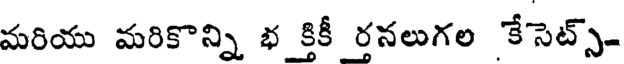
మరియు మరికొన్ని భ క్తికీ రనలుగల కేసెట్స్-